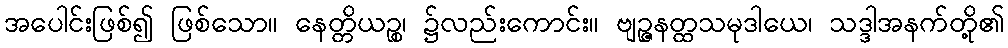
အပေါင်းဖြစ်၍ ဖြစ်သော။ နေတ္တိယဉ္စ၊ ၌လည်းကောင်း။ ဗျဉ္ဇနတ္ထသမုဒါယေ၊ သဒ္ဒါအနက်တို့၏